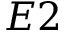
E 2